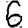
Digit: 6